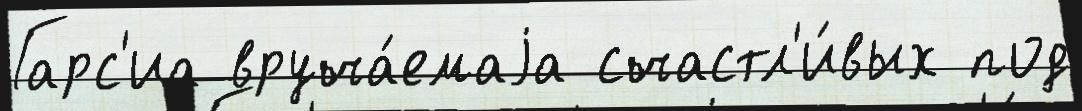
Гарс'иа вруча́емаjа счастл'и́вых под